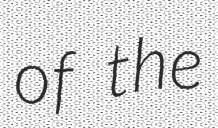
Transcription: of the